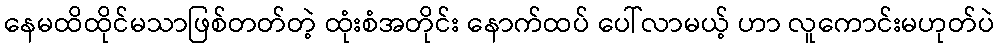
နေမထိထိုင်မသာဖြစ်တတ်တဲ့ ထုံးစံအတိုင်း နောက်ထပ် ပေါ်လာမယ့် ဟာ လူကောင်းမဟုတ်ပဲ